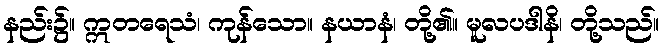
နည်း၌။ ဣတရေသံ၊ ကုန်သော။ နယာနံ၊ တို့၏။ မူလပဒါနိ၊ တို့သည်။